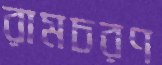
রামচরণ